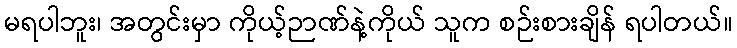
မရပါဘူး၊ အတွင်းမှာ ကိုယ့်ဉာဏ်နဲ့ကိုယ် သူက စဉ်းစားချိန် ရပါတယ်။